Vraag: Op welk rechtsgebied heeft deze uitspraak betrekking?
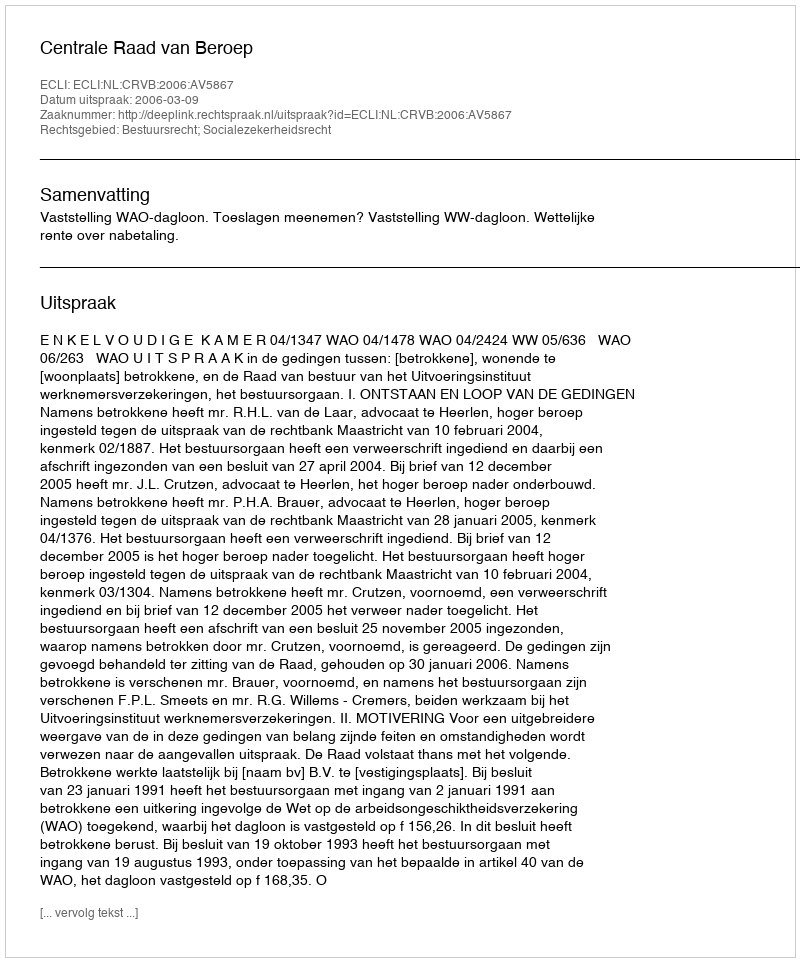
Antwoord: Bestuursrecht; Socialezekerheidsrecht